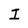
Character: I